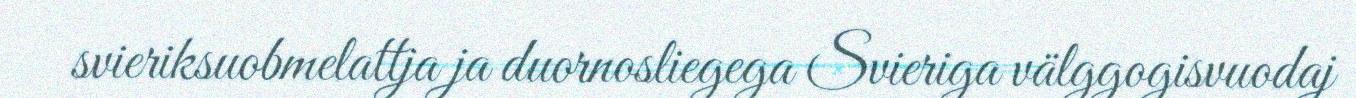
svieriksuobmelattja ja duornosliegega Svieriga välggogisvuodaj